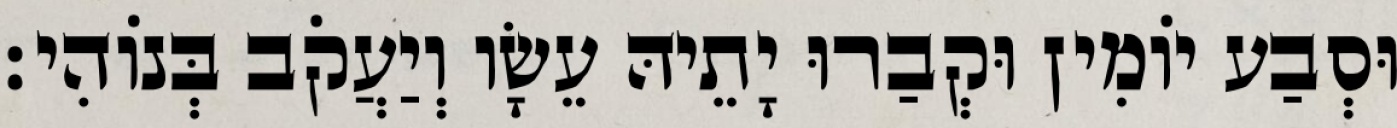
וּסְבַע יוֹמִין וּקְבַרוּ יָתֵיהּ עֵשָׂו וְיַעֲקֹב בְּנוֹהִי׃